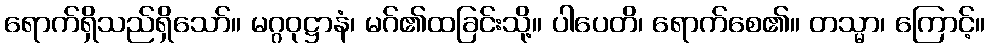
ရောက်ရှိသည်ရှိသော်။ မဂ္ဂဝုဋ္ဌာနံ၊ မဂ်၏ထခြင်းသို့။ ပါပေတိ၊ ရောက်စေ၏။ တသ္မာ၊ ကြောင့်။